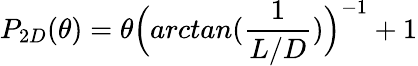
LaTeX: P_{2D}(\theta)=\theta\Big(arctan(\frac{1}{L/D})\Big)^{-1}+1